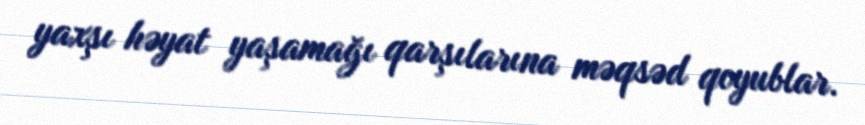
yaxşı həyat yaşamağı qarşılarına məqsəd qoyublar.